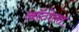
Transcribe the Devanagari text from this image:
ऑटोला